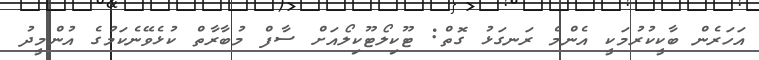
އަހަރެން ބާކީކުރުމަކީ އެންމެ ރަނގަޅު ގޮތް: ޓޫކިލޯޓޫކިލޯއަށް ސާފް މުބާރާތް ކުޅެވޭނެކަމުގެ އުންމީދު